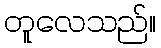
တူလေသည်။